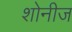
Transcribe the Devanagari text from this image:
शोनीज